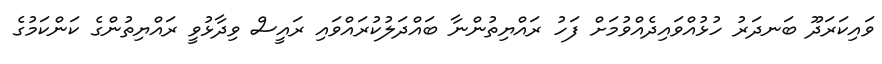
ވައިކަރަދޫ ބަނދަރު ހުޅުއްވައިދެއްވުމަށް ފަހު ރައްޔިތުންނާ ބައްދަލުކުރައްވައި ރައީސް ވިދާޅުވީ ރައްޔިތުންގެ ކަންކަމުގެ